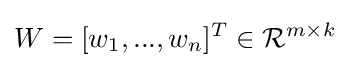
W=[w_{1},...,w_{n}]^{T}\in {\mathcal {R}}^{m\times k}